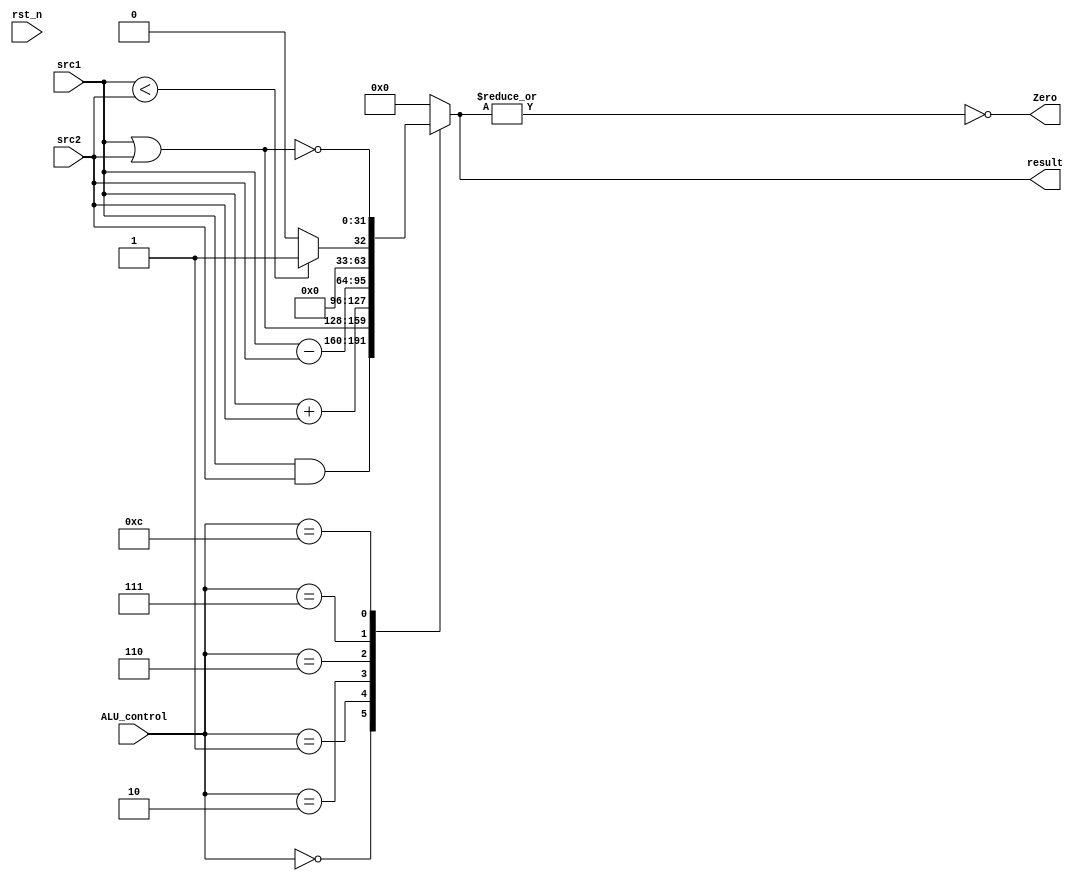
`timescale 1ns/1ps

module alu(
    input                   rst_n,         // negative reset            (input)
    input signed       [32-1:0]   src1,          // 32 bits source 1          (input)
    input signed       [32-1:0]   src2,          // 32 bits source 2          (input)
    input        [ 4-1:0]   ALU_control,   // 4 bits ALU control input  (input)
    output reg   [32-1:0]   result,        // 32 bits result            (output)
    output               Zero          // 1 bit when the output is 0, zero must be set (output)
);

/* Write your code HERE */
always @(*) begin
	case (ALU_control)
		0: result <= src1 & src2;
		1: result <= src1 | src2;
		2: result <= src1 + src2;
		6: result <= src1 - src2;
		7: result <= src1 < src2 ? 1 : 0;
		12: result <= ~(src1 | src2);
		default: result <= 0;
	endcase
end

assign Zero = ~|result;

endmodule